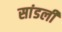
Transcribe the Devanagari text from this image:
सांडली